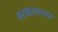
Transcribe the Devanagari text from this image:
भरमासनगर